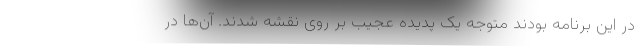
در این برنامه بودند متوجه یک پدیده عجیب بر روی نقشه شدند. آن‌ها در